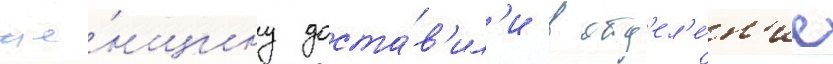
же́нщину доста́в'ил'и в отд'ел'е́н'ие